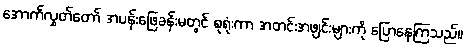
အောက်လွှတ်တော် အပန်းဖြေခန်းမတွင် စုရုံးကာ အတင်းအဖျင်းများကို ပြောနေကြသည်။